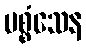
ပစ္စံသေန